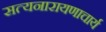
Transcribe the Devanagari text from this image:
सत्यनारायणाचार्य